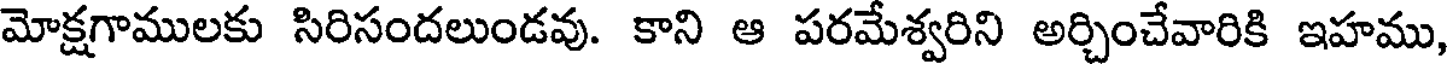
మోక్షగాములకు సిరిసందలుండవు. కాని ఆ పరమేశ్వరిని అర్చించేవారికి ఇహము,